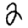
Digit: 2